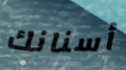
أسنانك